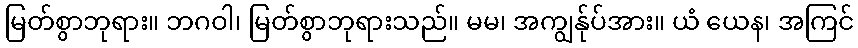
မြတ်စွာဘုရား။ ဘဂဝါ၊ မြတ်စွာဘုရားသည်။ မမ၊ အကျွန်ုပ်အား။ ယံ ယေန၊ အကြင်